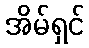
အိမ်ရှင်